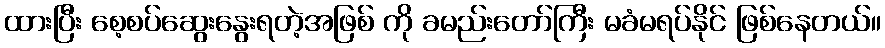
ထားပြီး စေ့စပ်ဆွေးနွေးရတဲ့အဖြစ် ကို ခမည်းတော်ကြီး မခံမရပ်နိုင် ဖြစ်နေတယ်။